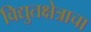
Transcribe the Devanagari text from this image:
विद्युतक्षेत्राचा